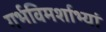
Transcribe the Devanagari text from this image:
गर्भविमर्शाभ्यां